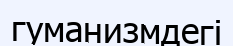
гуманизмдегі